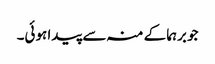
جو برہما کے منہ سے پیدا ہوئی۔